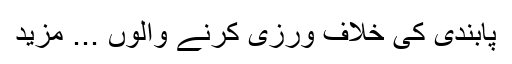
پابندی کی خلاف ورزی کرنے والوں ... مزید